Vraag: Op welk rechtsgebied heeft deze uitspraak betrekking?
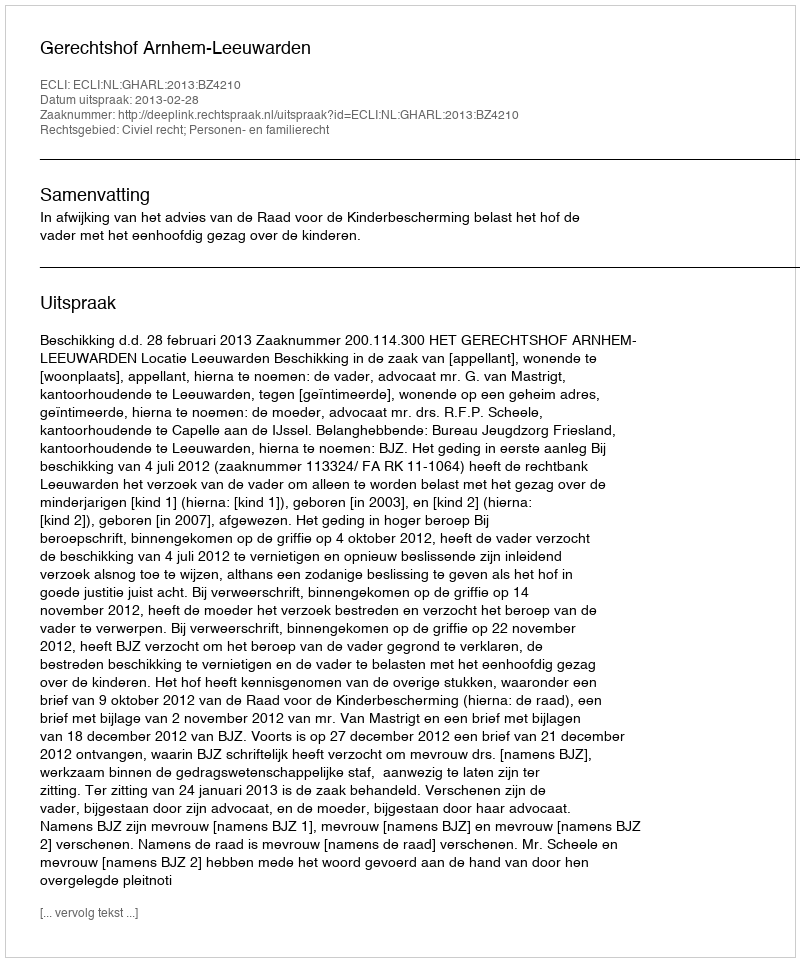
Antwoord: Civiel recht; Personen- en familierecht